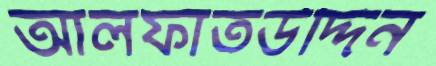
আলফাতউদ্দিন